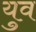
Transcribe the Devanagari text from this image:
युव